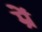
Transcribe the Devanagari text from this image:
म्रें